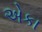
એકા